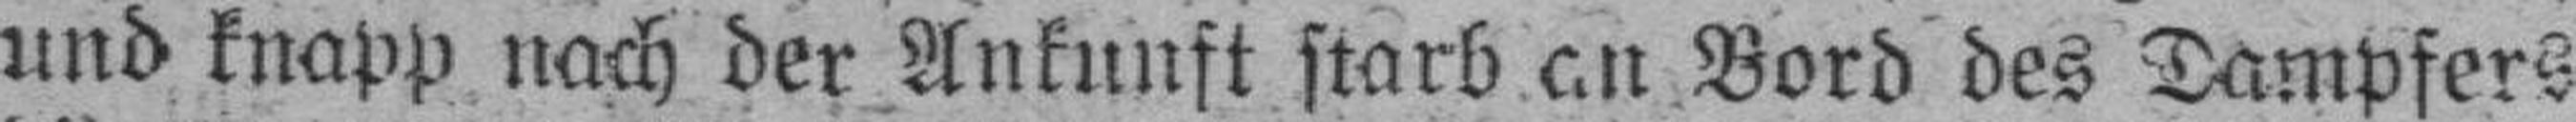
und knapp nach der Ankunft starb an Bord des Dampfers